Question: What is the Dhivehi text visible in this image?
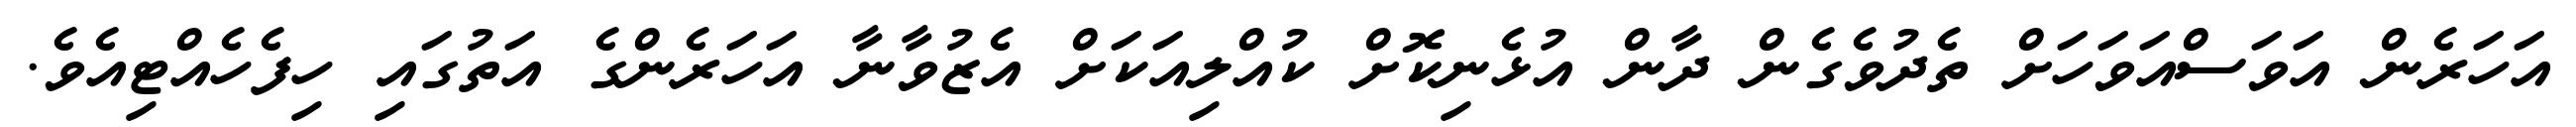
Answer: އަހަރެން އަވަސްއަވަހަށް ތެދުވެގެން ދާން އުޅެނިކޮށް ކުއްލިއަކަށް އެޒުވާނާ އަހަރެންގެ އަތުގައި ހިފެހެއްޓިއެވެ.